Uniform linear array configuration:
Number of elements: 12
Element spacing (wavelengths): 0.75
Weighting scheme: blackman
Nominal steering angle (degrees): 45
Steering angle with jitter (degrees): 44.576
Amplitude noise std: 0.05
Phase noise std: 0.05

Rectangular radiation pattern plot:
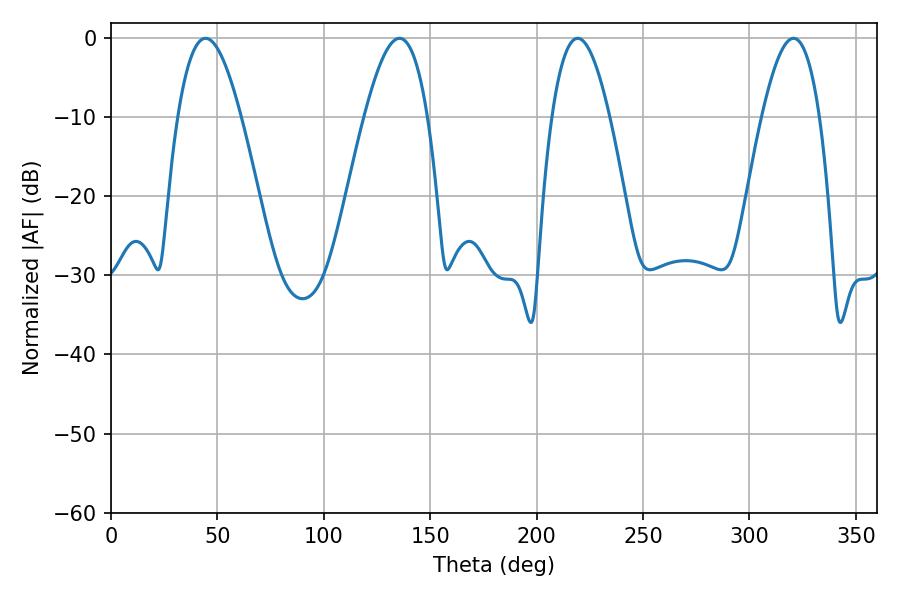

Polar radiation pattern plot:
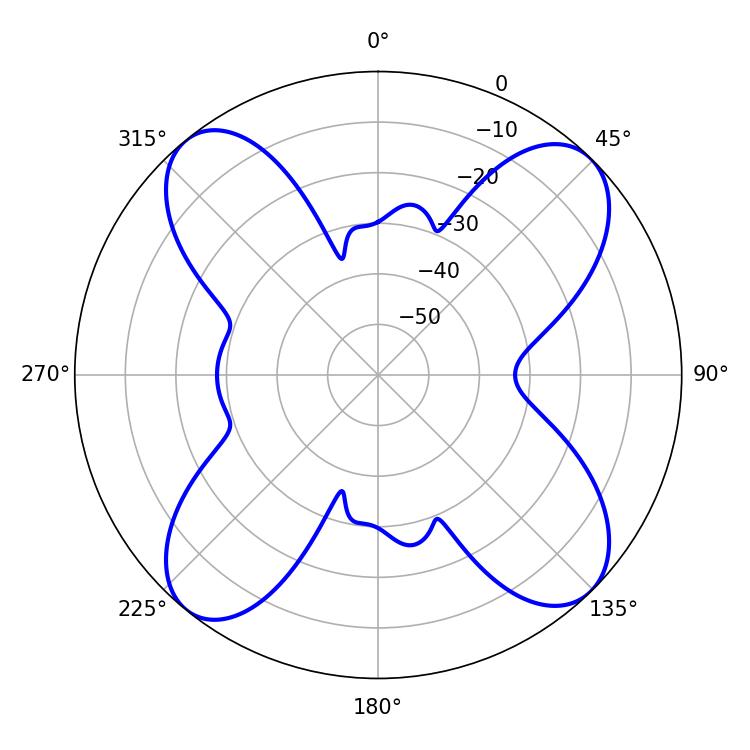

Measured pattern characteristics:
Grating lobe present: TRUE
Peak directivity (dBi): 14.311
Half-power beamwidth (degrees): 16.2
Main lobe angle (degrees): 44.46